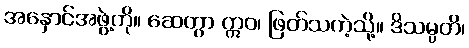
အနှောင်အဖွဲ့ကို။ ဆေတွာ ဣဝ၊ ဖြတ်သကဲ့သို့။ ဒိသမ္ပတိ၊